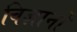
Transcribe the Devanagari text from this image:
विज्ञानों